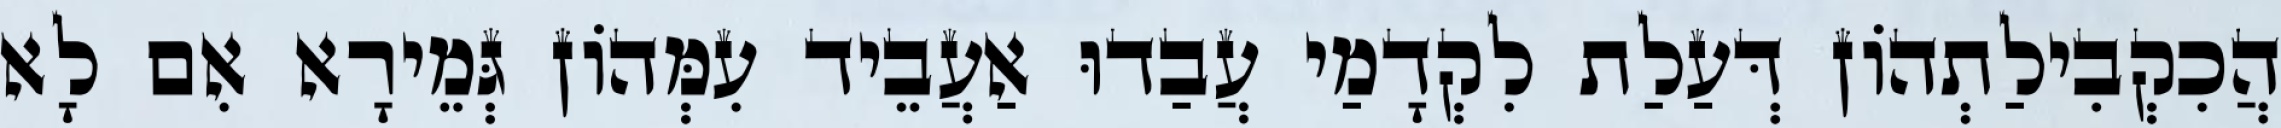
הֲכִקְבִילַתְהוֹן דְּעַלַת לִקְדָמַי עֲבַדוּ אַעֲבֵיד עִמְּהוֹן גְּמֵירָא אִם לָא